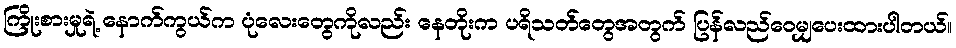
ကြိုးစားမှုရဲ့ နောက်ကွယ်က ပုံလေးတွေကိုလည်း နေတိုးက ပရိသတ်တွေအတွက် ပြန်လည်ဝေမျှပေးထားပါတယ်။